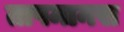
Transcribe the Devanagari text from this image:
तापमानस